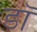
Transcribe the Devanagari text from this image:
डॉ